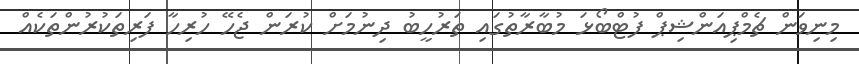
މިނިވަން ޗެމްޕިއަންޝިޕް ފުޓްބޯޅަ މުބާރާތުގައި ތަރުހީބު ދިނުމަށް ކުރަން ޖެހޭ ހުރިހާ ފަރިތަކުރުންތަކެއް